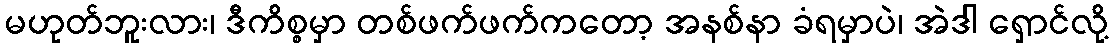
မဟုတ်ဘူးလား၊ ဒီကိစ္စမှာ တစ်ဖက်ဖက်ကတော့ အနစ်နာ ခံရမှာပဲ၊ အဲဒါ ရှောင်လို့